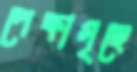
পেক্ষাগৃহে